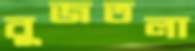
বুজতলা